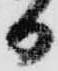
日